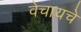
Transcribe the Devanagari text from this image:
वेचायचे